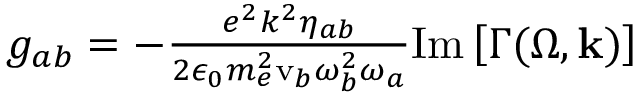
\begin{array} { r } { g _ { a b } = - \frac { e ^ { 2 } k ^ { 2 } \eta _ { a b } } { 2 \epsilon _ { 0 } m _ { e } ^ { 2 } \mathrm { v } _ { b } \omega _ { b } ^ { 2 } \omega _ { a } } \mathrm { I m } \left[ \Gamma ( \Omega , \mathbf { k } ) \right] } \end{array}